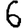
Digit: 6